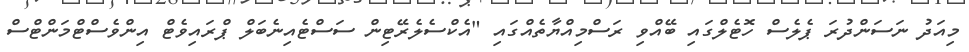
މިއަދު ނަސަންދުރަ ޕެލެސް ހޮޓެލްގައި ބޭއްވި ރަސްމިއްޔާތެއްގައި "އެކްސެލެރޭޓިން ސަސްޓެއިނެބަލް ޕްރައިވެޓް އިންވެސްޓްމަންޓްސް